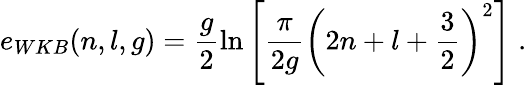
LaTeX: e_{WKB}(n,l,g)=\frac{g}{2}\ln\left[\frac{\pi}{2g}\left(2n+l+\frac{3}{2}\right)^{2}\right]\; .